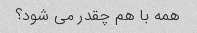
همه با هم چقدر می شود؟